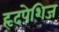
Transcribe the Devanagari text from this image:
हृदपेशिज